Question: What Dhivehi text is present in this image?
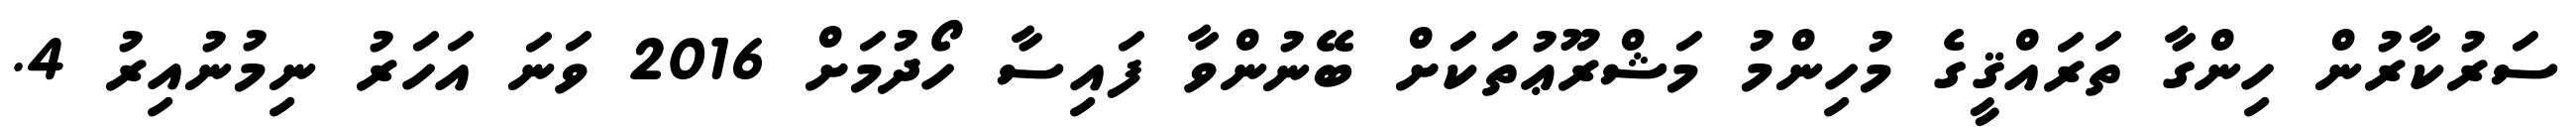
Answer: ސަރުކާރުން ހިންގާ ތަރައްޤީގެ މުހިންމު މަޝްރޫޢުތަކަށް ބޭނުންވާ ފައިސާ ހޯދުމަށް 2016 ވަނަ އަހަރު ނިމުނުއިރު 4.